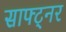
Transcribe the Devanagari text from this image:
साफ्ट्नर